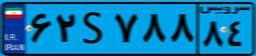
۶۲S۷۸۸۸۴